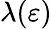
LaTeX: \lambda(\varepsilon)